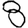
Digit: 8